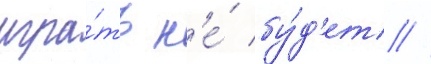
игра́ть н'е́ бу́д'ет //